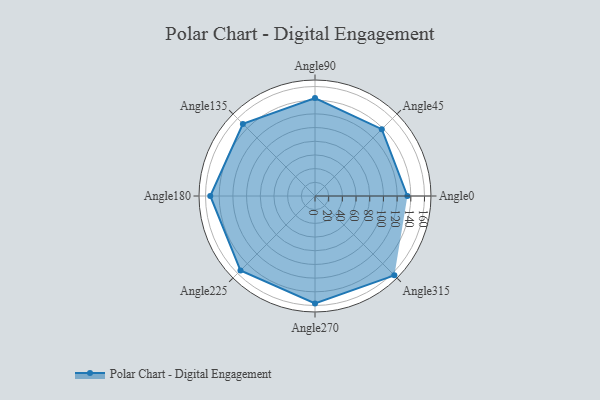
{"axis": {"x": "Angle", "y": "Radius"}, "legend": [""], "data": [{"x": "Angle0", "y": 135.0, "type": ""}, {"x": "Angle45", "y": 138.0, "type": ""}, {"x": "Angle90", "y": 143.0, "type": ""}, {"x": "Angle135", "y": 149.0, "type": ""}, {"x": "Angle180", "y": 153.0, "type": ""}, {"x": "Angle225", "y": 154.0, "type": ""}, {"x": "Angle270", "y": 157.0, "type": ""}, {"x": "Angle315", "y": 164.0, "type": ""}]}